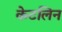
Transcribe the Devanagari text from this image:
केटलिन